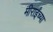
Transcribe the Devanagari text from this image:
मीराईंच्या